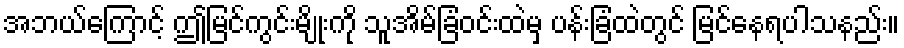
အဘယ်ကြောင့် ဤမြင်ကွင်းမျိုးကို သူအိမ်ခြံဝင်းထဲမှ ပန်းခြံထဲတွင် မြင်နေရပါသနည်း။